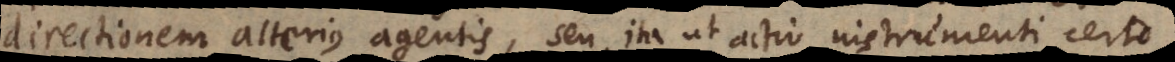
directionem alterius agentis, seu ita ut actio instrumenti certo